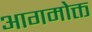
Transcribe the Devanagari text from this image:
आगमोक्त